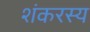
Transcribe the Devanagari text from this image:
शंकरस्य